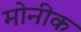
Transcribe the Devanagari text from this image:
मोनीक